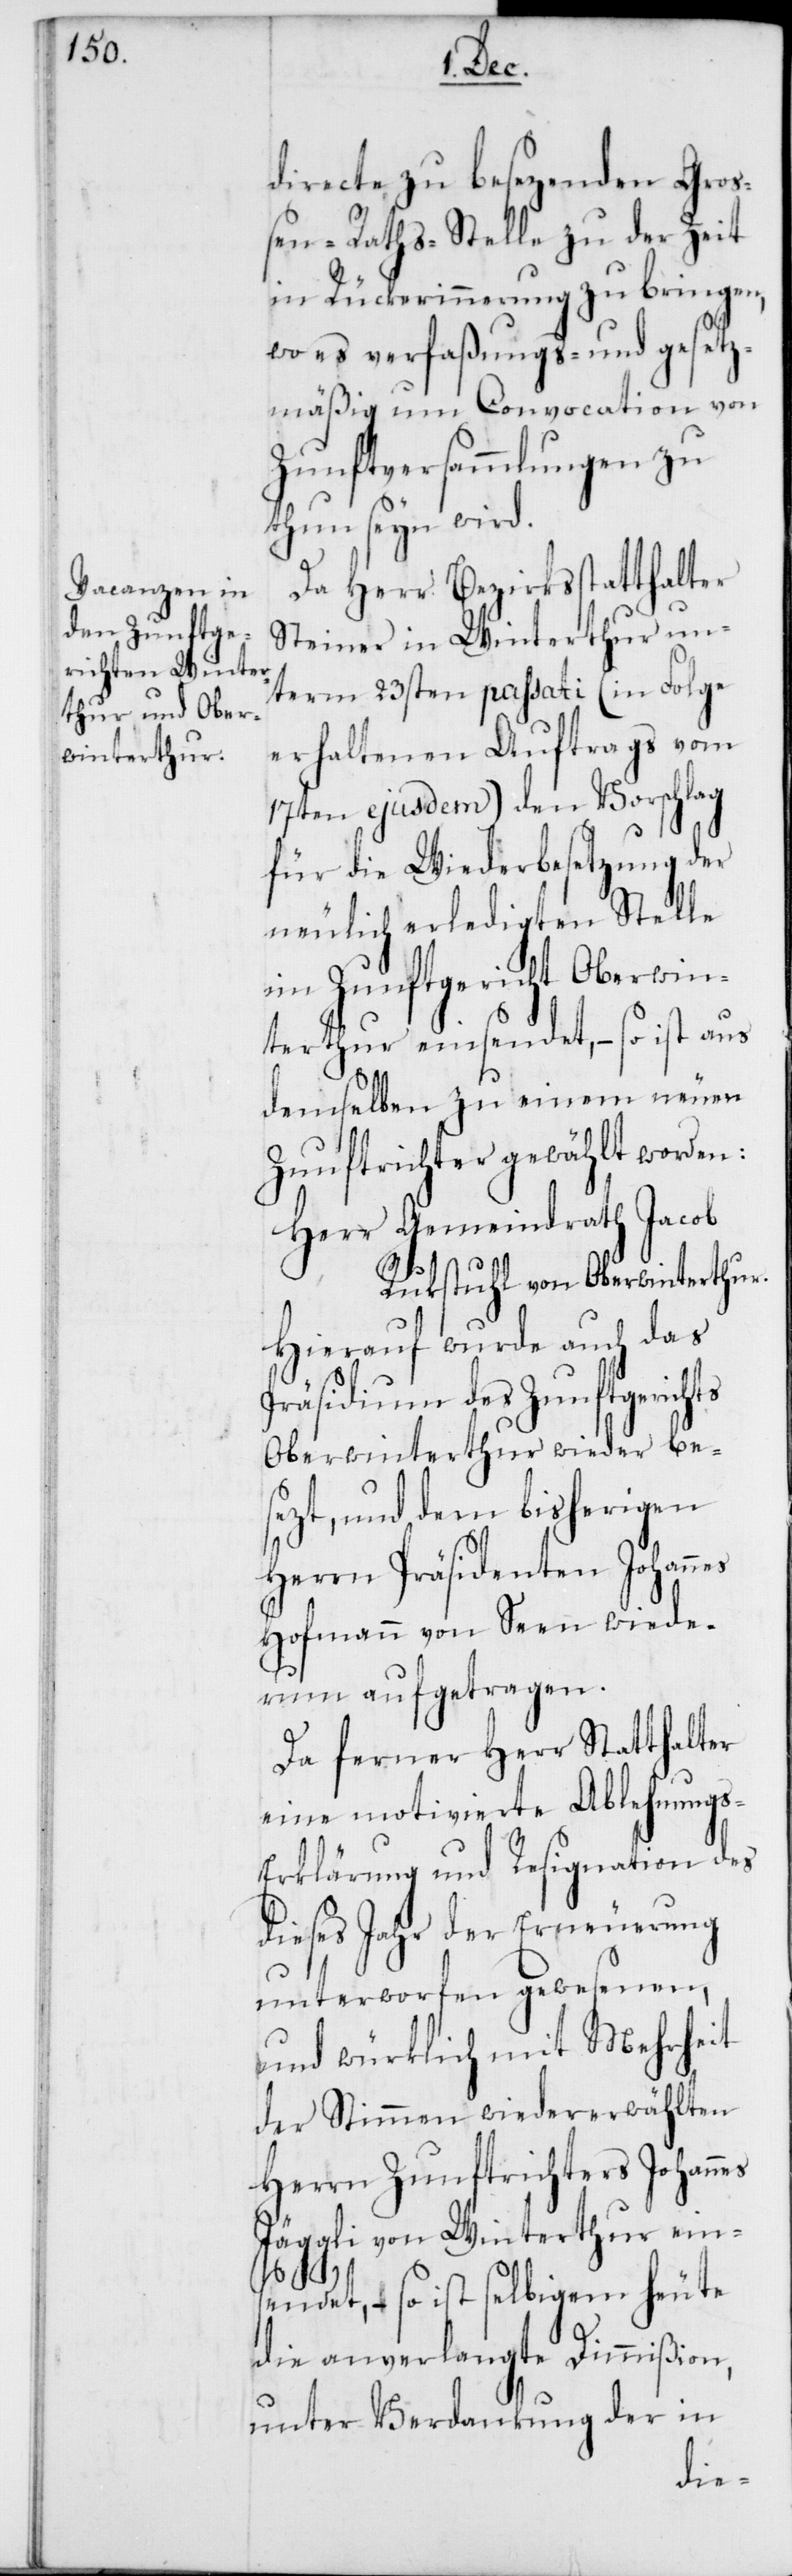
s-E¬
directe zu besezenden Groß¬
en-Raths-Stelle zu der Zeit
in Rückerinnerung zu bringen,
wo es verfaßungs- und gesetz¬
mäßig um Convocation von
Zunftversammlungen zu
thun seyn wird.
Da Herr Bezirksstatthalter
Steiner in Winterthur un¬
term 23sten passati (in Folge
erhaltenen Auftrags vom
17ten ejusdem) den Vorschlag
für die Wiederbesetzung der
neulich erledigten Stelle
im Zunftgericht Oberwin¬
terthur einsendet, – so ist aus
demselben zu einem neuen
Zunftrichter gewählt worden:
Herr Gemeindrath Jacob
Rukstuhl von Oberwinterthur.
Hierauf wurde auch das
Präsidium des Zunftgerichts
Oberwinterthur wieder bes¬
ezt, und dem bisherigen
Herrn Präsidenten Johann¬
Hofmann von Seen wiede¬
rum aufgetragen.
Da ferner Herr Statthalter
eine motivierte Ablehnung¬
rklärung und Resignation des
dieses Jahr der Erneuerung
unterworfen gewesenen,
und würklich mit Mehrheit
der Stimmen wiedererwählten
Herrn Zunftrichters Johannes
Jäggli von Winterthur ein¬
sendet, – so ist selbigem heute
die anverlangte Dimmißion,
unter Verdankung der in